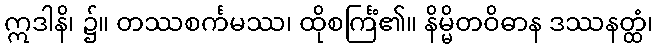
ဣဒါနိ၊ ၌။ တဿစင်္ကမဿ၊ ထိုစင်္ကြံ၏။ နိမ္မိတဝိဓာန ဒဿနတ္ထံ၊